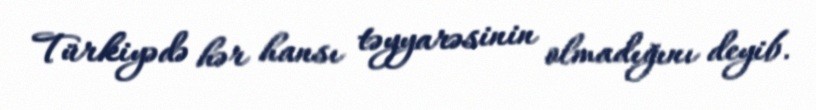
Türkiyədə hər hansı təyyarəsinin olmadığını deyib.